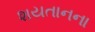
શયતાનના